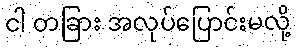
ငါ တခြား အလုပ်ပြောင်းမလို့